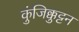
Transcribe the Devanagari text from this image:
कुंजिक्कुट्टन